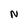
Character: N